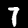
Label: 7